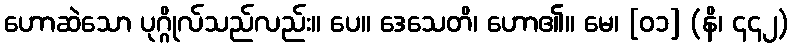
ဟောဆဲသော ပုဂ္ဂိုလ်သည်လည်း။ ပေ။ ဒေသေတိ၊ ဟော၏။ မေ၊ [၀၁] (နိ၊ ၄၄၂)